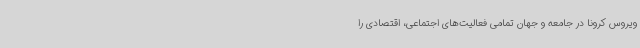
ویروس کرونا در جامعه و جهان تمامی فعالیت‌های اجتماعی، اقتصادی را